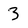
Character: 3